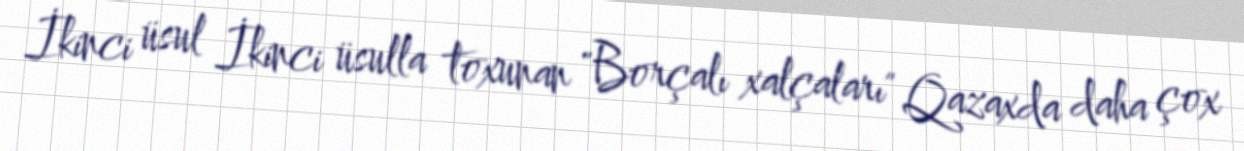
İkinci üsul İkinci üsulla toxunan "Borçalı xalçaları" Qazaxda daha çox